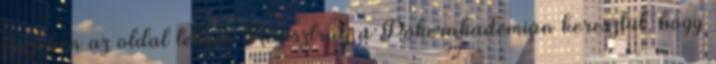
mezőben az oldal tetején Regisztrálj a Pókerakadémián keresztül, hogy